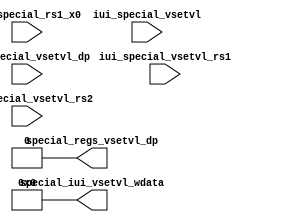
/*Copyright 2020-2021 T-Head Semiconductor Co., Ltd.

Licensed under the Apache License, Version 2.0 (the "License");
you may not use this file except in compliance with the License.
You may obtain a copy of the License at

    http://www.apache.org/licenses/LICENSE-2.0

Unless required by applicable law or agreed to in writing, software
distributed under the License is distributed on an "AS IS" BASIS,
WITHOUT WARRANTIES OR CONDITIONS OF ANY KIND, either express or implied.
See the License for the specific language governing permissions and
limitations under the License.
*/

// &ModuleBeg; @23
module aq_cp0_vector_inst(
  iui_special_rs1_x0,
  iui_special_vsetvl,
  iui_special_vsetvl_dp,
  iui_special_vsetvl_rs1,
  iui_special_vsetvl_rs2,
  special_iui_vsetvl_wdata,
  special_regs_vsetvl_dp
);


// &Ports; @25
input           iui_special_rs1_x0;      
input           iui_special_vsetvl;      
input           iui_special_vsetvl_dp;   
input   [63:0]  iui_special_vsetvl_rs1;  
input   [11:0]  iui_special_vsetvl_rs2;  
output  [63:0]  special_iui_vsetvl_wdata; 
output          special_regs_vsetvl_dp;  

// &Regs; @26

// &Wires; @27
wire    [63:0]  special_iui_vsetvl_wdata; 
wire            special_regs_vsetvl_dp;  


// &Force("bus", "iui_special_vsetvl_rs2", 11, 0); @36
// &CombBeg; @85
// &CombEnd; @113
// &Force("output","special_vsetvl_illegal"); @141
// &CombBeg; @142
// &CombEnd; @155
assign special_iui_vsetvl_wdata[63:0] = 64'b0;
// &Force("input", "iui_special_vsetvl_rs1"); &Force("bus", "iui_special_vsetvl_rs1", 63, 0); @178
// &Force("input", "iui_special_vsetvl_rs2"); &Force("bus", "iui_special_vsetvl_rs2", 11, 0); @179
// &Force("input", "iui_special_rs1_x0"); @180
// &Force("input", "iui_special_vsetvl"); @181
// &Force("input", "iui_special_vsetvl_dp"); @182
assign special_regs_vsetvl_dp = 1'b0;

// &ModuleEnd; @186
endmodule